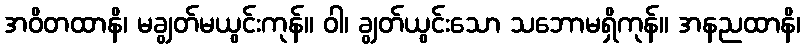
အဝိတထာနိ၊ မချွတ်မယွင်းကုန်။ ဝါ၊ ချွတ်ယွင်းသော သဘောမရှိကုန်။ အနညထာနိ၊